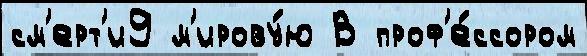
см'ерт'и9 м'ирову́ю В проф'е́ссором